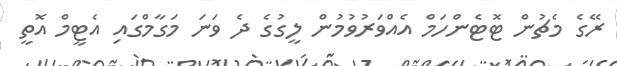
ރޭގެ މެޗުން ޓޮޓެންހަމް އެއްވަރުވުމުން ލީގުގެ ދެ ވަނަ މަގާމްގައި އެޓީމް އޮތީ